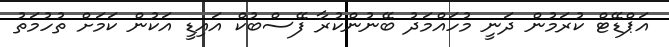
އަޕްޑޭޓް ކުރަމުން ދަނީ މުހައްމަދު ބޭނުންކުރާ ފޭސްބުކް އައިޑީ އަކުން ކަމަށް ތުހުމަތު